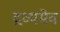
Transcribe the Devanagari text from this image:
द्रव्यमेव